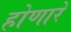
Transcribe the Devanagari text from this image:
होणारें